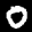
Label: 0